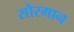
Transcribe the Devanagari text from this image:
सौरमान